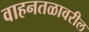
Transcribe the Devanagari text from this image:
वाहनतळावरील